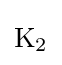
{\mathrm {K} {\vphantom {A}}_{\smash[{t}]{2}}}